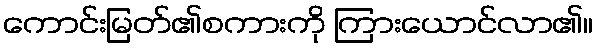
ကောင်းမြတ်၏စကားကို ကြားယောင်လာ၏။